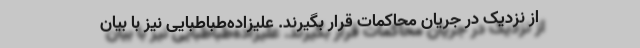
از نزدیک در جریان محاکمات قرار بگیرند. علیزاده‌طباطبایی نیز با بیان